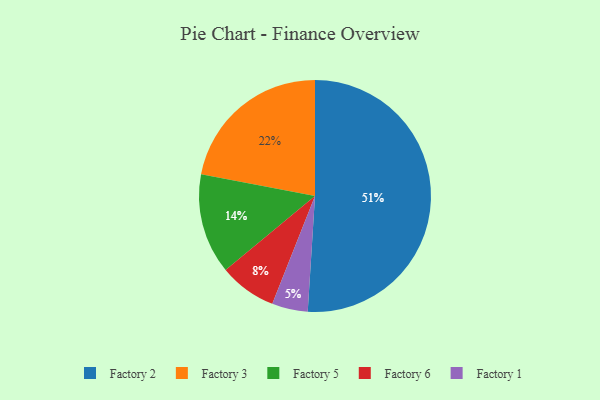
{"axis": {"x": "Category", "y": "Percentage"}, "legend": ["Factory 1", "Factory 2", "Factory 3", "Factory 5", "Factory 6"], "data": [{"x": "Factory 3", "y": 22, "type": "Factory 3"}, {"x": "Factory 1", "y": 5, "type": "Factory 1"}, {"x": "Factory 5", "y": 14, "type": "Factory 5"}, {"x": "Factory 2", "y": 51, "type": "Factory 2"}, {"x": "Factory 6", "y": 8, "type": "Factory 6"}]}